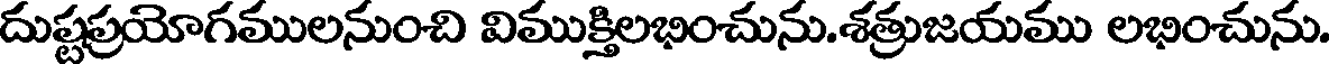
దుష్టప్రయోగములనుంచి విముక్తిలభించును.శత్రుజయము లభించును.